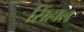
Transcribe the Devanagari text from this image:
सिंहाल